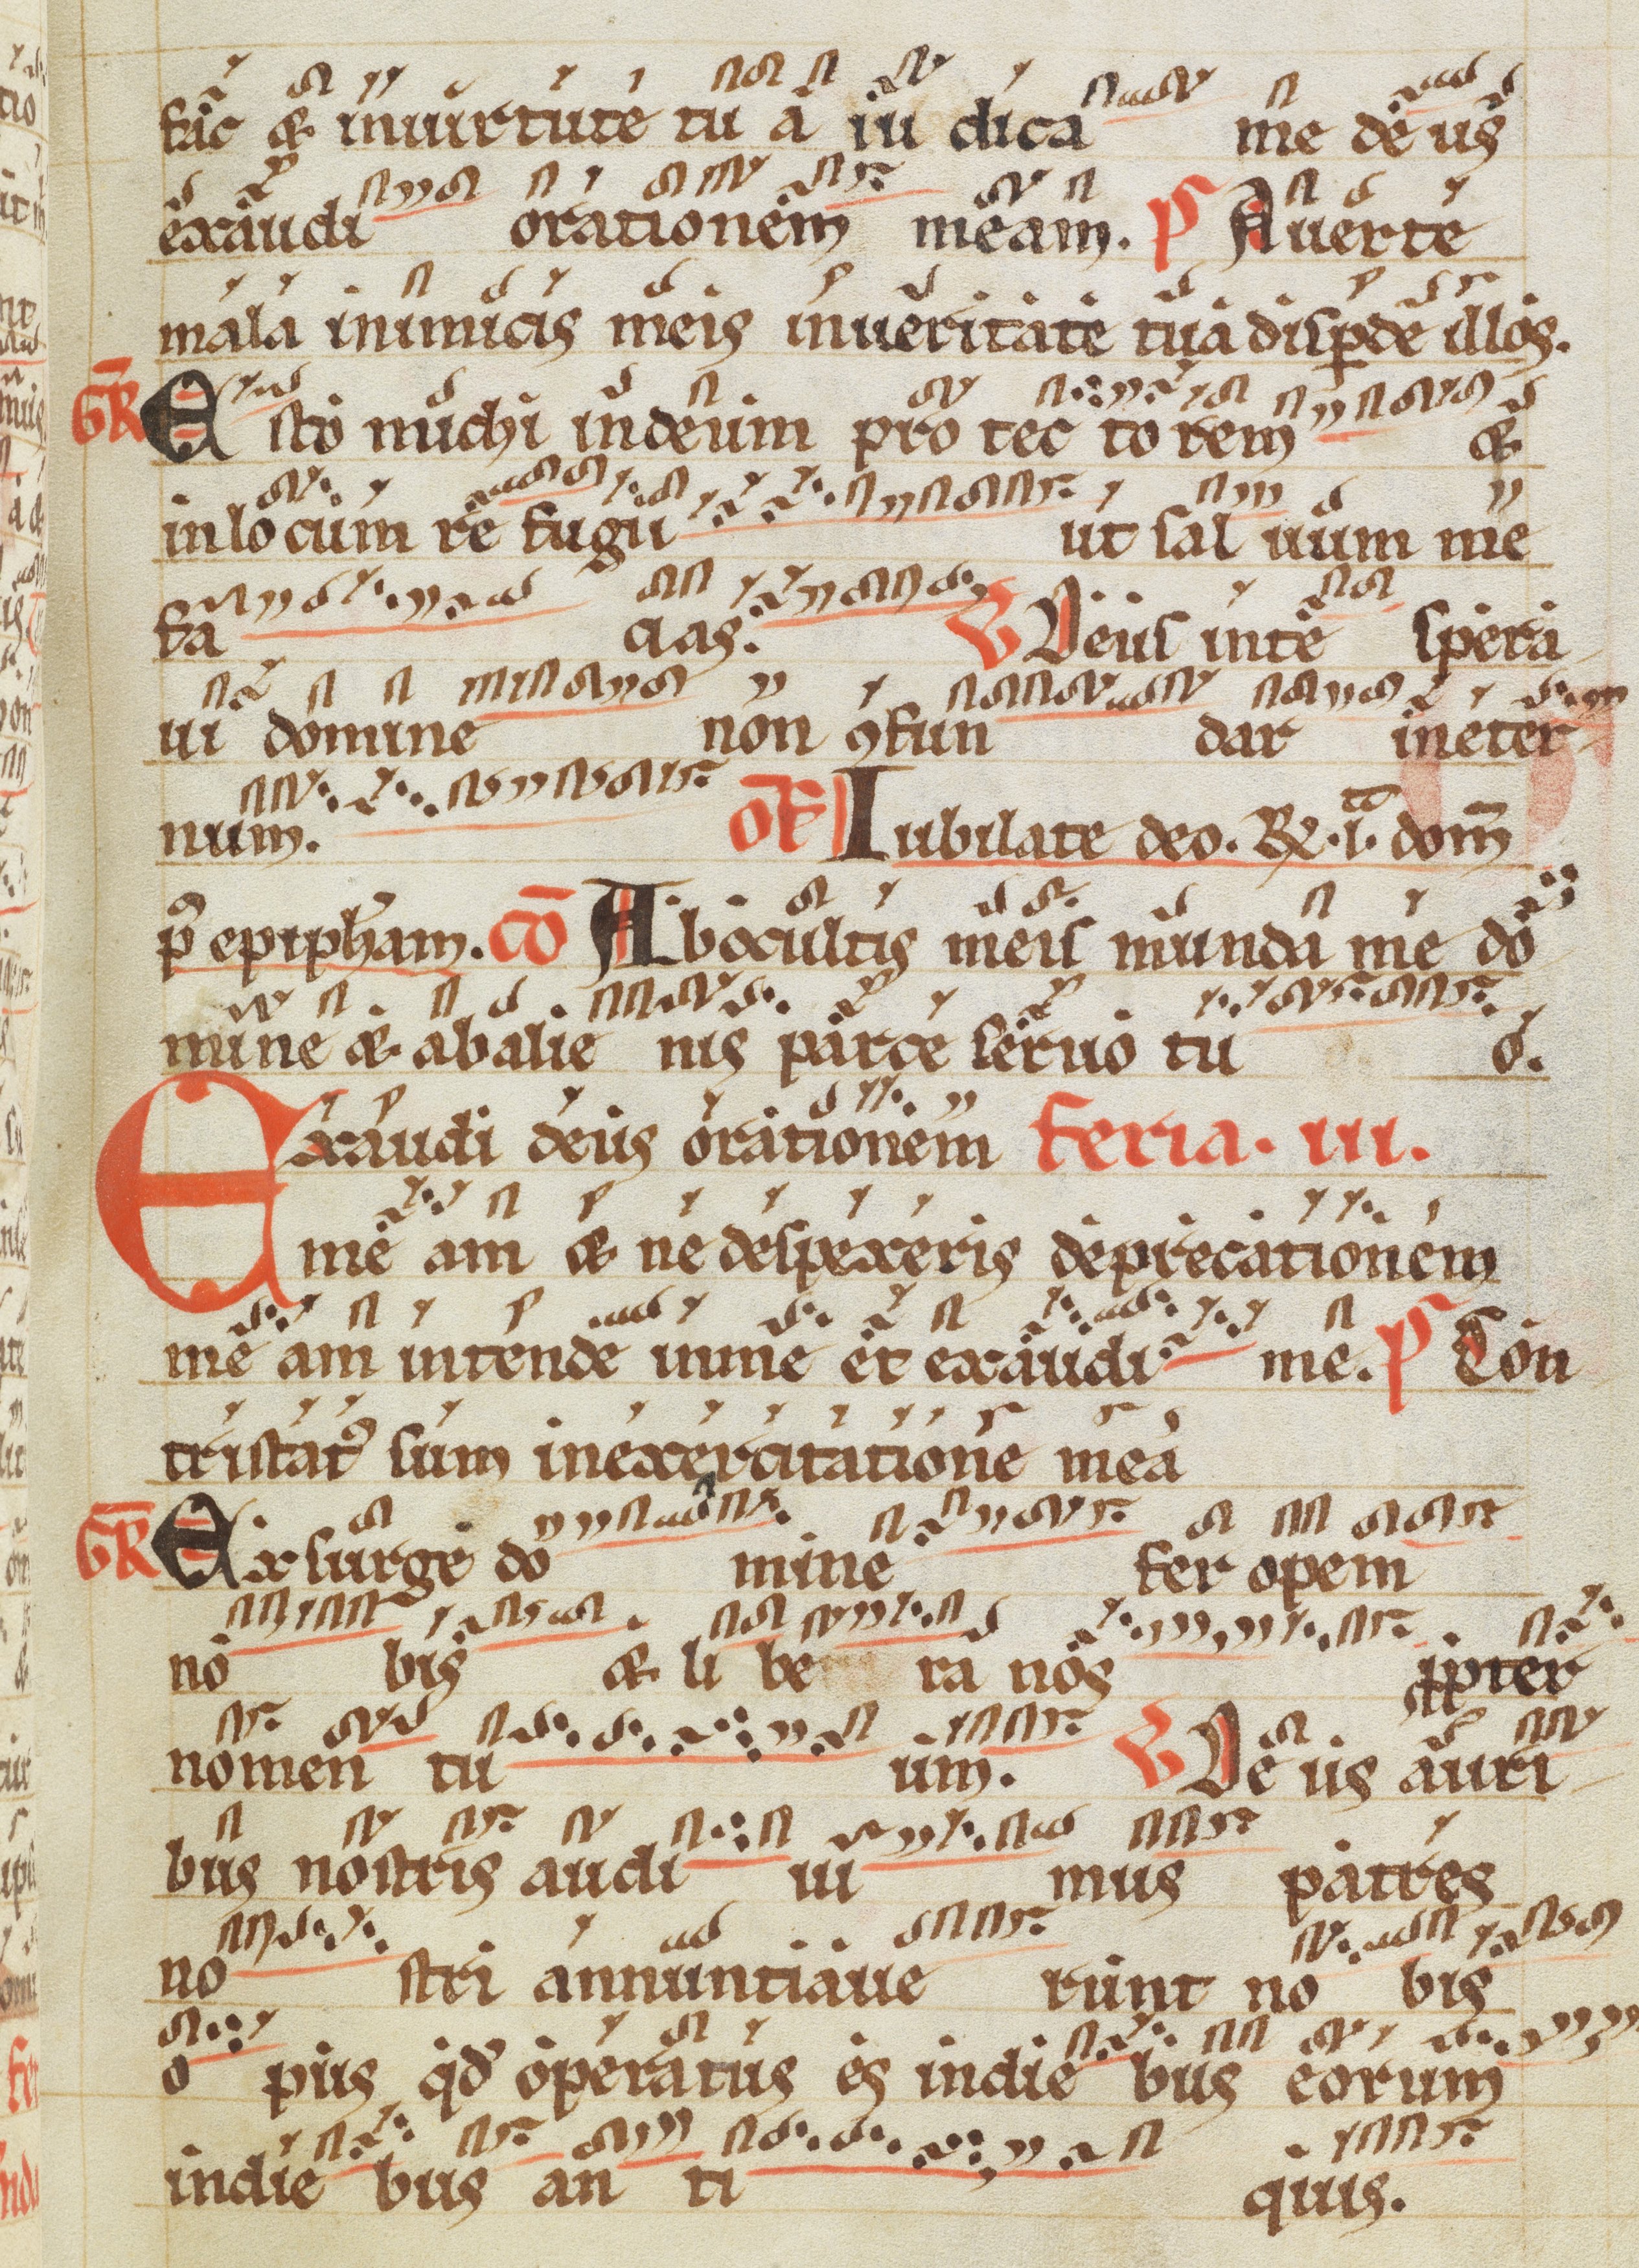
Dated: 1200–1299